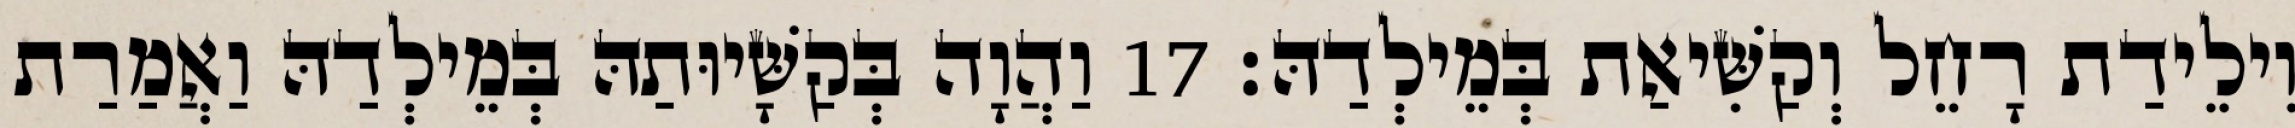
וִילֵידַת רָחֵל וְקַשִּׁיאַת בְּמֵילְדַהּ׃ 17 וַהֲוָה בְּקַשָּׁיוּתַהּ בְּמֵילְדַהּ וַאֲמַרַת